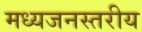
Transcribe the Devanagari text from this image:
मध्यजनस्तरीय